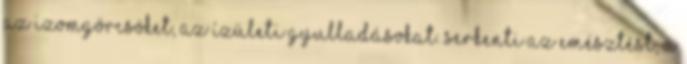
az izomgörcsöket, az ízületi gyulladásokat. Serkenti az emésztést, a